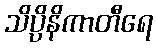
သိပ္ပိနိကာတီရေ